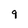
Character: 9